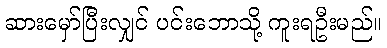
ဆားမှော်ပြီးလျှင် ပင်းဘောသို့ ကူးရဦးမည်။